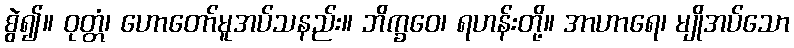
စွဲ၍။ ဝုတ္တံ၊ ဟောတော်မူအပ်သနည်း။ ဘိက္ခဝေ၊ ရဟန်းတို့။ အာဟာရေ၊ မျိုအပ်သော